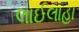
લાઈલાહા